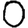
Digit: 0